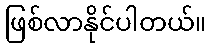
ဖြစ်လာနိုင်ပါတယ်။